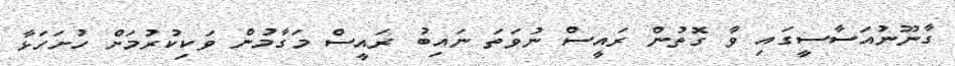
ގާނޫނުއަސާސީގައި ވާ ގޮތުން ރައީސް ނުވަތަ ނައިބު ރައީސް މަގާމުން ވަކިކުރުމަށް ހުށަހަޅާ